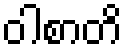
ဝါစာတိ